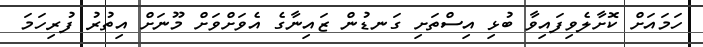
ހަމައަށް ކޮށާލެވިފައިވާ ބުޅި އިސްތަށި ގަނޑުން ޒައިނާގެ އެވަށްވަށް މޫނަށް އިތުރު ފުރިހަމަ